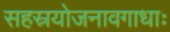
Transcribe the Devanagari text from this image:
सहस्रयोजनावगाधाः